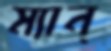
ম্যান্